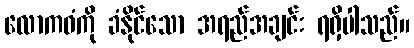
လောကဓံကို ခံနိုင်သော အရည်အချင်း ရရှိပါသည်။